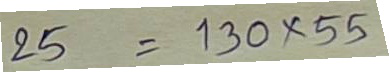
25 = 130 x 55